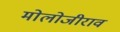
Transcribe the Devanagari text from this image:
मोलोजीराव